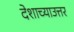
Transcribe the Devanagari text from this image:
देशाच्याउत्तर